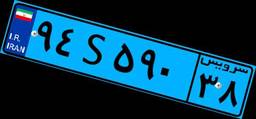
۵۱S۸۵۳۸۲